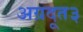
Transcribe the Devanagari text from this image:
अग्रदूत३